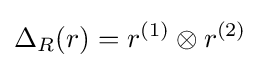
\Delta _{R}(r)=r^{(1)}\otimes r^{(2)}